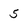
Character: 5